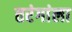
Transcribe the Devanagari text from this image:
तरंगांला